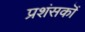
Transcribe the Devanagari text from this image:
प्रशंसकॊं